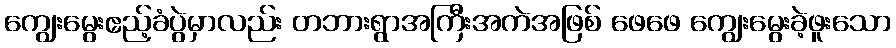
ကျွေးမွေးဧည့်ခံပွဲမှာလည်း တဘားရွာအကြီးအကဲအဖြစ် ဖေဖေ ကျွေးမွေးခဲ့ဖူးသော